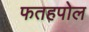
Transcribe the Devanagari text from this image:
फतहपोल